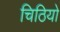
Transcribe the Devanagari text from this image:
चिठियो